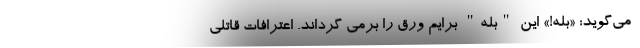
‌ می‌گوید: «بله!» این "بله" برایم ورق را برمی گرداند. اعترافات قاتلی